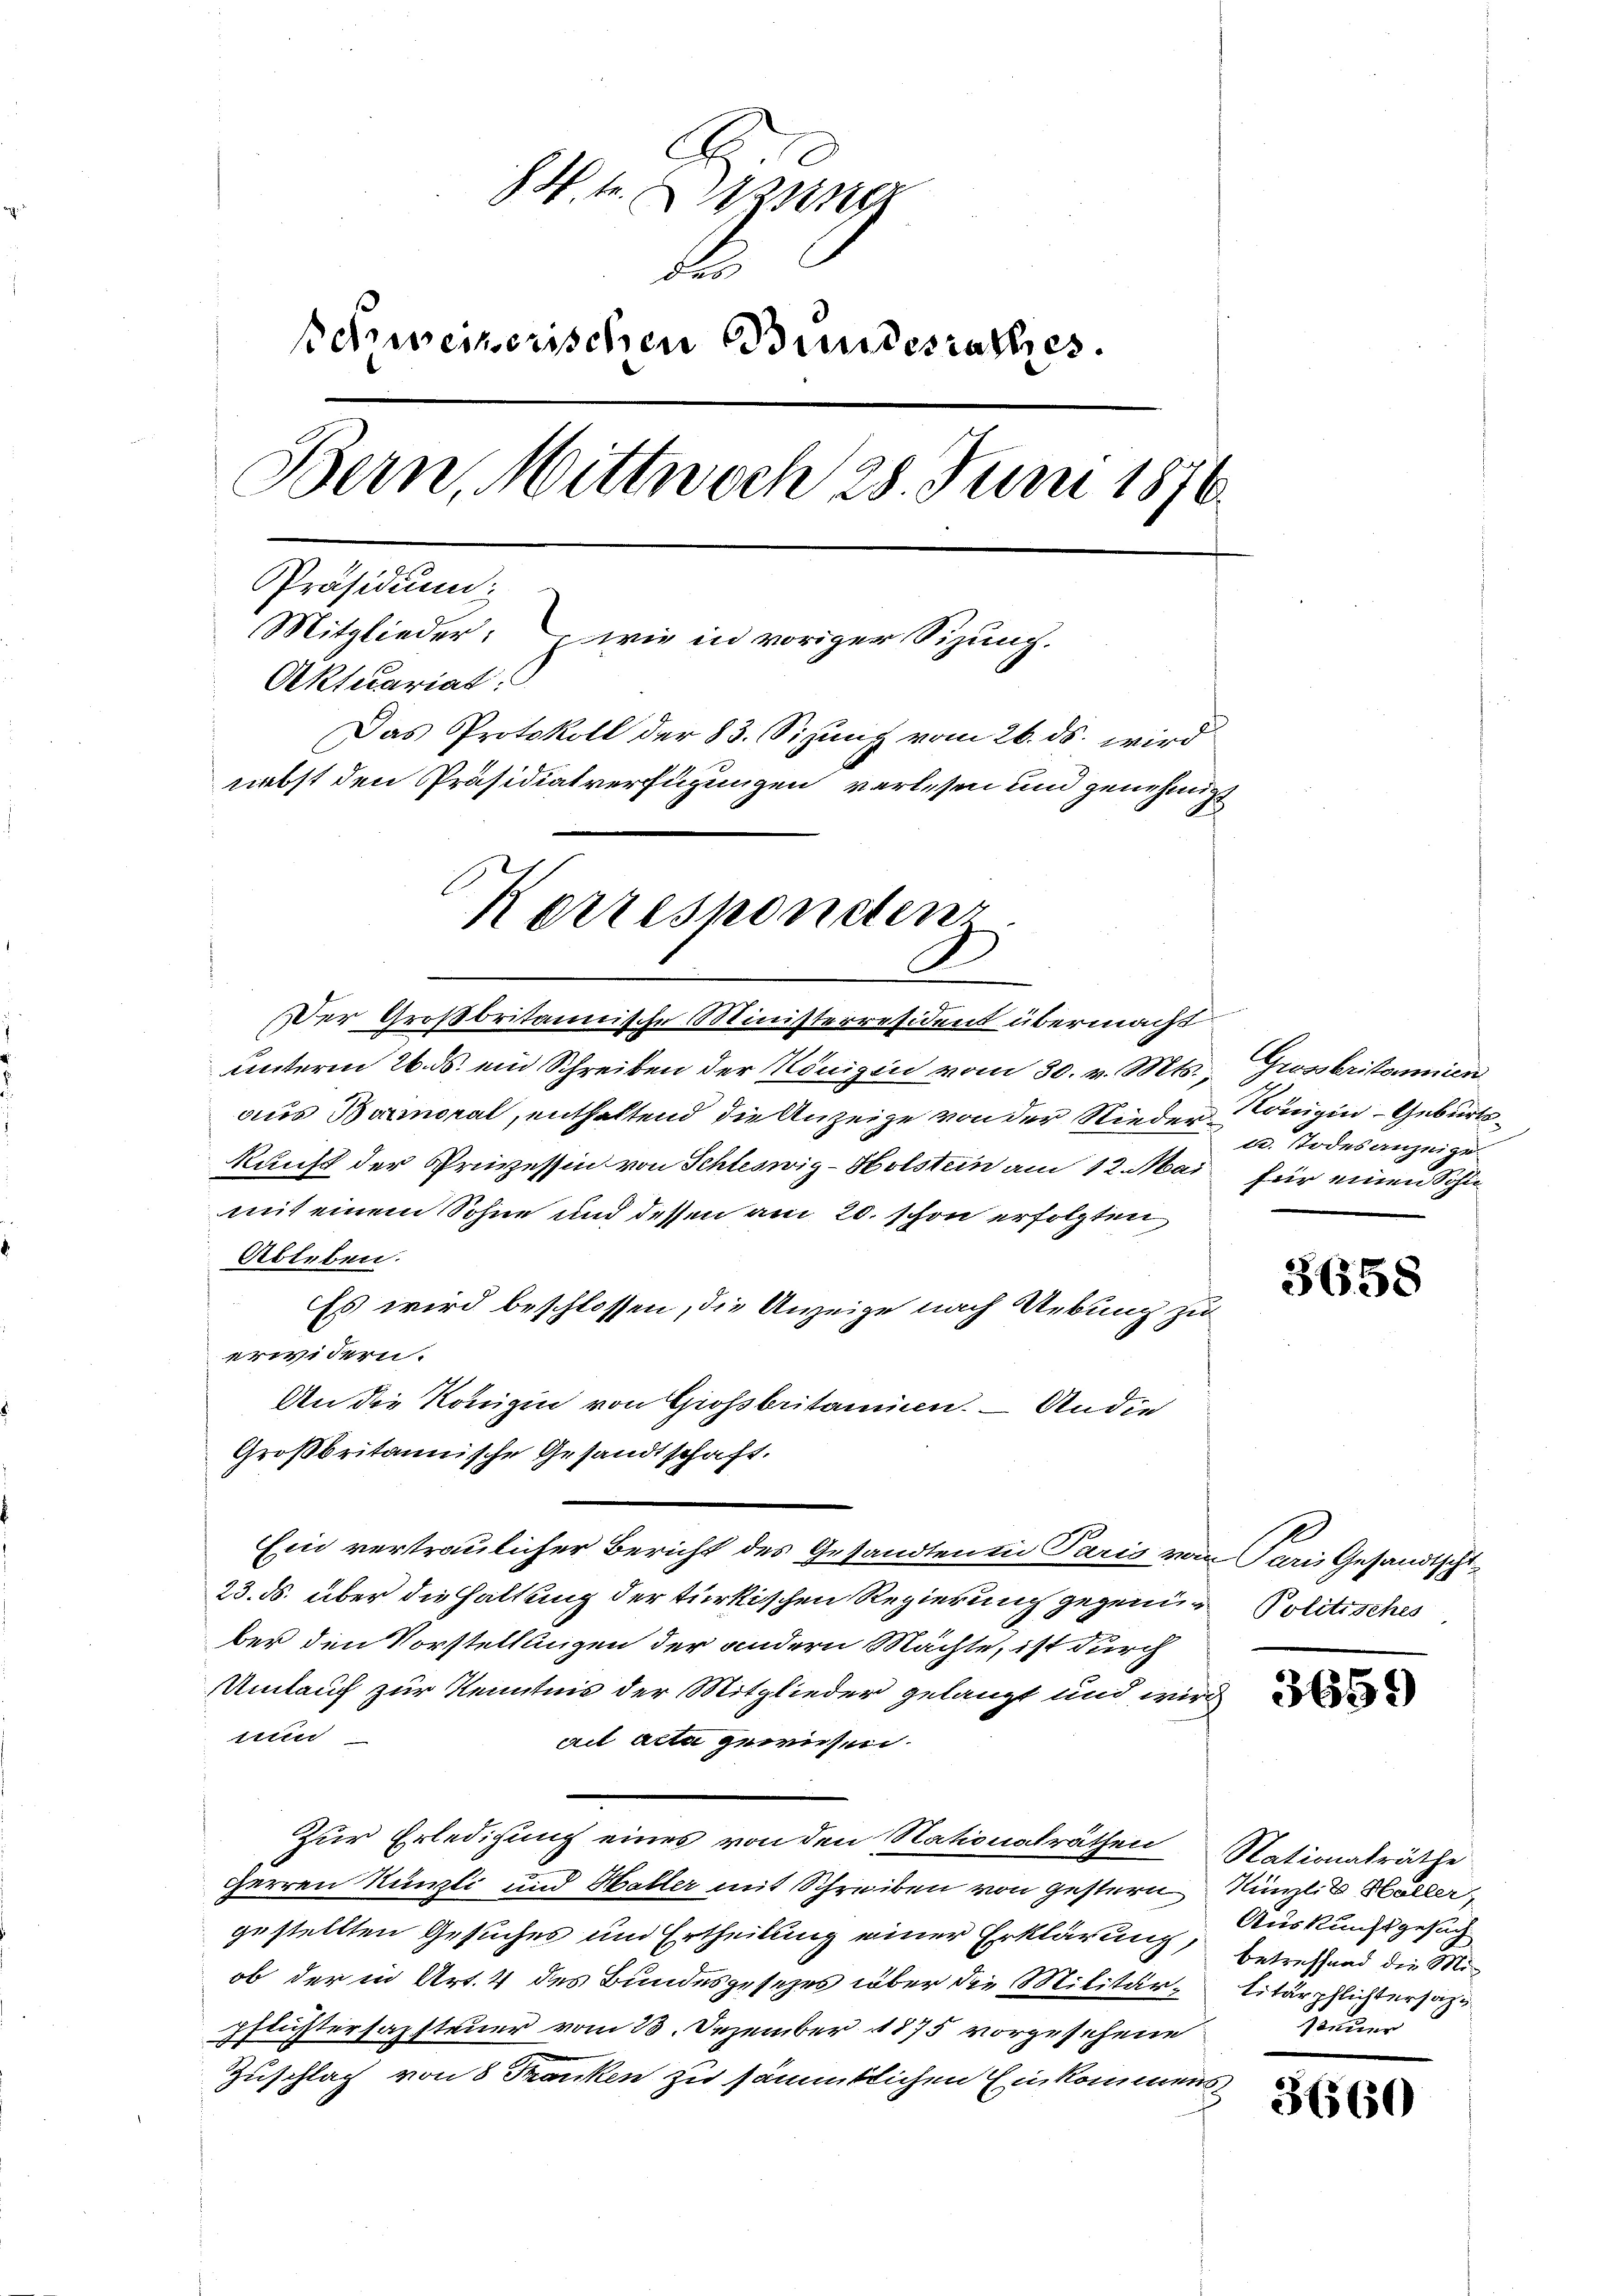
H.te. Dazung
S
schweizerischen Bundesrathes.
Bern, Mittwoch 28. Juni 1876
Präsidium:
Mitglieder: wie in voriger Sizung.
Aktuariat
Das Protokoll der 83. Sizung vom 26. ds. wird
nebst den Präsidialverfügungen verlesen und genehmigt
Korresponden

Der Großbritannische Ministerresident übermacht
unterm 26. ds. ein Schreiben der Königin vom 30. v. Mts.,
aus Bormoral, enthaltend die Anzeige von der Nieder Königin - Geburtskunft der Prüvessin von Schleswig-Holstein am 12. Mai
mit einem Sohne und dessen am 20. schon erfolgten
Ableben.
Es wird beschlossen, die Anzeige nach Uebung zu
erwidern.
An die Königin von Grossbritanien. — An die
Großbritannische Gesandtschaft.
Ein vertraulicher Bericht des Gesandten in Paris von Paris Gesandtschi¬
23. ds. über die Haltung der türkischen Regierung gegenü- Politisches
ber den Vorstellungen der andern Machte, ist durch
Umtauch zur Kenntnis der Mitglieder gelangt und wird
nun
ail acta gewiesen.
Zur Erledigung eines von den Nationalräthen Stationalräthe
Herren Künzli und Haller mit Schreiben von gestern Nünzlich Hallen
gestellten Gesuches und Ertheilung einer Erklärung, betreffend die Miob der in Art. 4 des Bundesgesezes über die Militärpflustersamsteuer vom 23. Dezember 1875 vorgesehene
Zuschlag von 8 Franken zu sämmtlichen Einkommens¬

Grossbritannien
t. Todesanzeige
für einen Sohn

3658

3659)

Auskunftgesuch
Litärpflichtersatz
steuer

3660